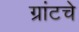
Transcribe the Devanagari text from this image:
ग्रांटचे